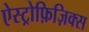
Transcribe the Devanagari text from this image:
ऐस्ट्रोफ़िज़िक्स